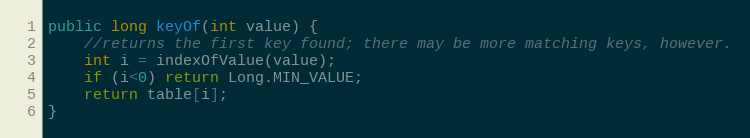
Language: Java
public long keyOf(int value) {
	//returns the first key found; there may be more matching keys, however.
	int i = indexOfValue(value);
	if (i<0) return Long.MIN_VALUE;
	return table[i];
}